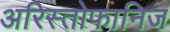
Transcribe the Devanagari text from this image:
अरिस्तोफानिज